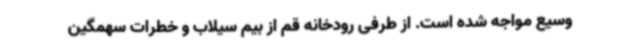
وسیع مواجه شده است. از طرفی رودخانه قم از بیم سیلاب و خطرات سهمگین